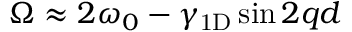
\Omega \approx 2 \omega _ { 0 } - \gamma _ { \mathrm { 1 D } } \sin 2 q d